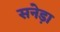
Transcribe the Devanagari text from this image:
सनेड़ा